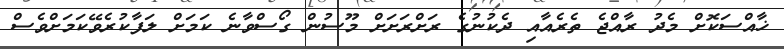
ޚާއްސަކޮށް މެދު ރާއްޖެ ތެރެއާއި ދެކުނުގެ ރަށްރަށަށް މޫސުން ގޯސްވާނެ ކަމަށް ލަފާކުރެވޭކަމަށްވެސް